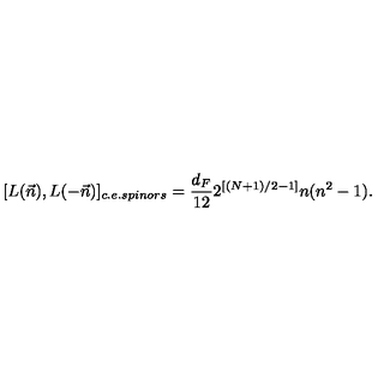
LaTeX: [ L ( \vec { n } ) , L ( - \vec { n } ) ] _ { c . e . s p i n o r s } = \frac { d _ { F } } { 1 2 } 2 ^ { [ ( N + 1 ) / 2 - 1 ] } n ( n ^ { 2 } - 1 ) .